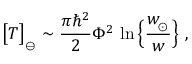
\big [ T \big ] _ { _ \ominus } \sim { \frac { \pi \hbar ^ { 2 } } { 2 } } \Phi ^ { 2 } \, \ln \Big \{ { \frac { w _ { \! _ { \odot } } } { w } } \Big \} \ ,